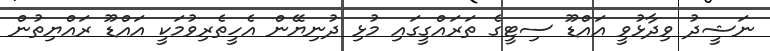
ނަޝީދު ވިދާޅުވީ އައްޑޫ ސިޓީގެ ތަރައްގީގައި މުޅި ދުނިޔޭން އެހީތެރިވުމަކީ އައްޑޫ ރައްޔިތުން